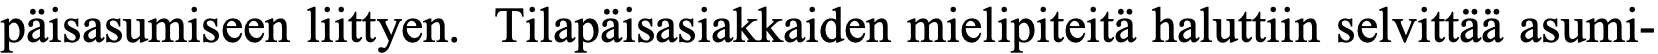
päisasumiseen liittyen. Tilapäisasiakkaiden mielipiteitä haluttiin selvittää asumi-